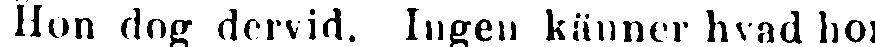
Hon dog dervid. Ingen känner hvad hon